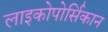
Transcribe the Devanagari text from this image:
लाइकोपोर्सिकान